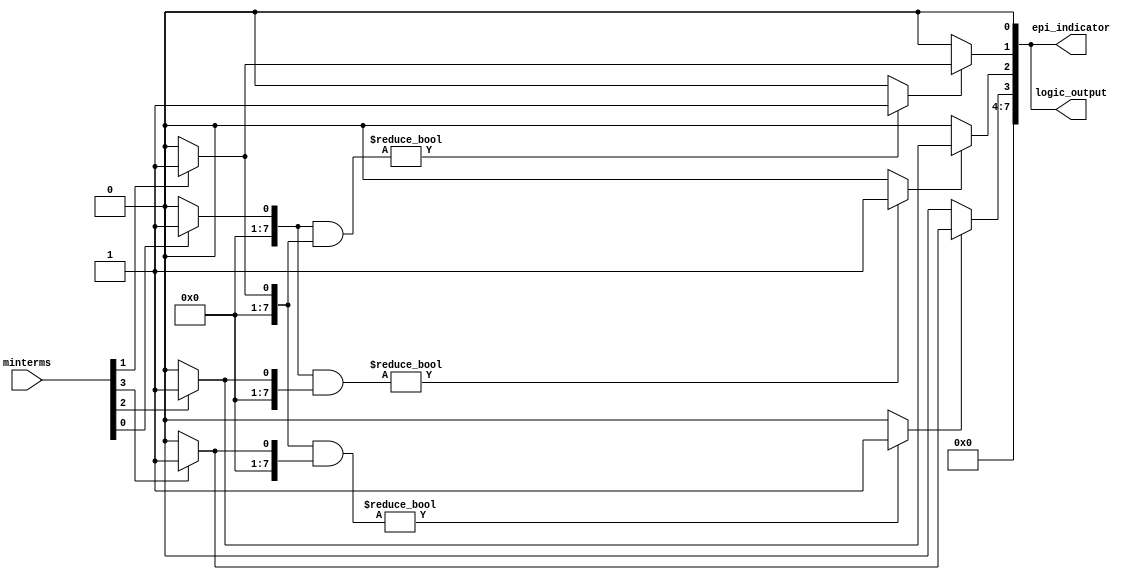
module EPI_Finder (
    input [7:0] minterms,        // Input minterms (for 3 variables: 0 to 7)
    output reg [7:0] logic_output, // Output of simplified logic expression
    output reg [7:0] epi_indicator  // Indicator for essential prime implicants
);

// Internal variables
reg [7:0] k_map [0:1][0:1]; // K-map representation for 3 variables (2x2 grid)
reg [7:0] prime_implicants; // Stores prime implicants
reg [7:0] essential_implicants; // Stores essential prime implicants

// Initialize K-Map based on the input minterms
integer i, j;

always @(*) begin
    // Initialize K-map to zero
    for (i = 0; i < 2; i = i + 1) begin
        for (j = 0; j < 2; j = j + 1) begin
            k_map[i][j] = 0;
        end
    end

    // Fill K-map from minterms
    if (minterms[0]) k_map[0][0] = 1; // Minterm 0
    if (minterms[1]) k_map[0][1] = 1; // Minterm 1
    if (minterms[2]) k_map[1][0] = 1; // Minterm 2
    if (minterms[3]) k_map[1][1] = 1; // Minterm 3
    // Extend this for more minterms...
    
    // Identify prime implicants based on K-map
    prime_implicants = 0;

    // Example grouping logic (for 2x2 K-map)
    if (k_map[0][0] & k_map[0][1]) begin
        prime_implicants[1] = 1; // Grouping Minterm 0 and 1
    end
    if (k_map[0][0] & k_map[1][0]) begin
        prime_implicants[2] = 1; // Grouping Minterm 0 and 2
    end
    if (k_map[0][1] & k_map[1][1]) begin
        prime_implicants[3] = 1; // Grouping Minterm 1 and 3
    end
    if (k_map[1][0] & k_map[1][1]) begin
        prime_implicants[4] = 1; // Grouping Minterm 2 and 3
    end

    // Identify essential prime implicants
    essential_implicants = 0;
    for (i = 0; i < 8; i = i + 1) begin
        if (prime_implicants[i]) begin
            // Check coverage of each minterm by the prime implicants
            if ((i == 0 && minterms[0]) || (i == 1 && minterms[1]) ||
                (i == 2 && minterms[2]) || (i == 3 && minterms[3])) begin
                essential_implicants[i] = 1; // Mark as essential
            end
        end
    end
    
    // Generate logic output based on identified essential prime implicants
    logic_output = essential_implicants;

    // Output the essential prime implicants indicator
    epi_indicator = essential_implicants;
end

endmodule